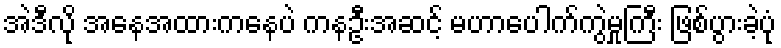
အဲဒီလို အနေအထားကနေပဲ ကနဦးအဆင့် မဟာပေါက်ကွဲမှုကြီး ဖြစ်ပွားခဲ့ပုံ